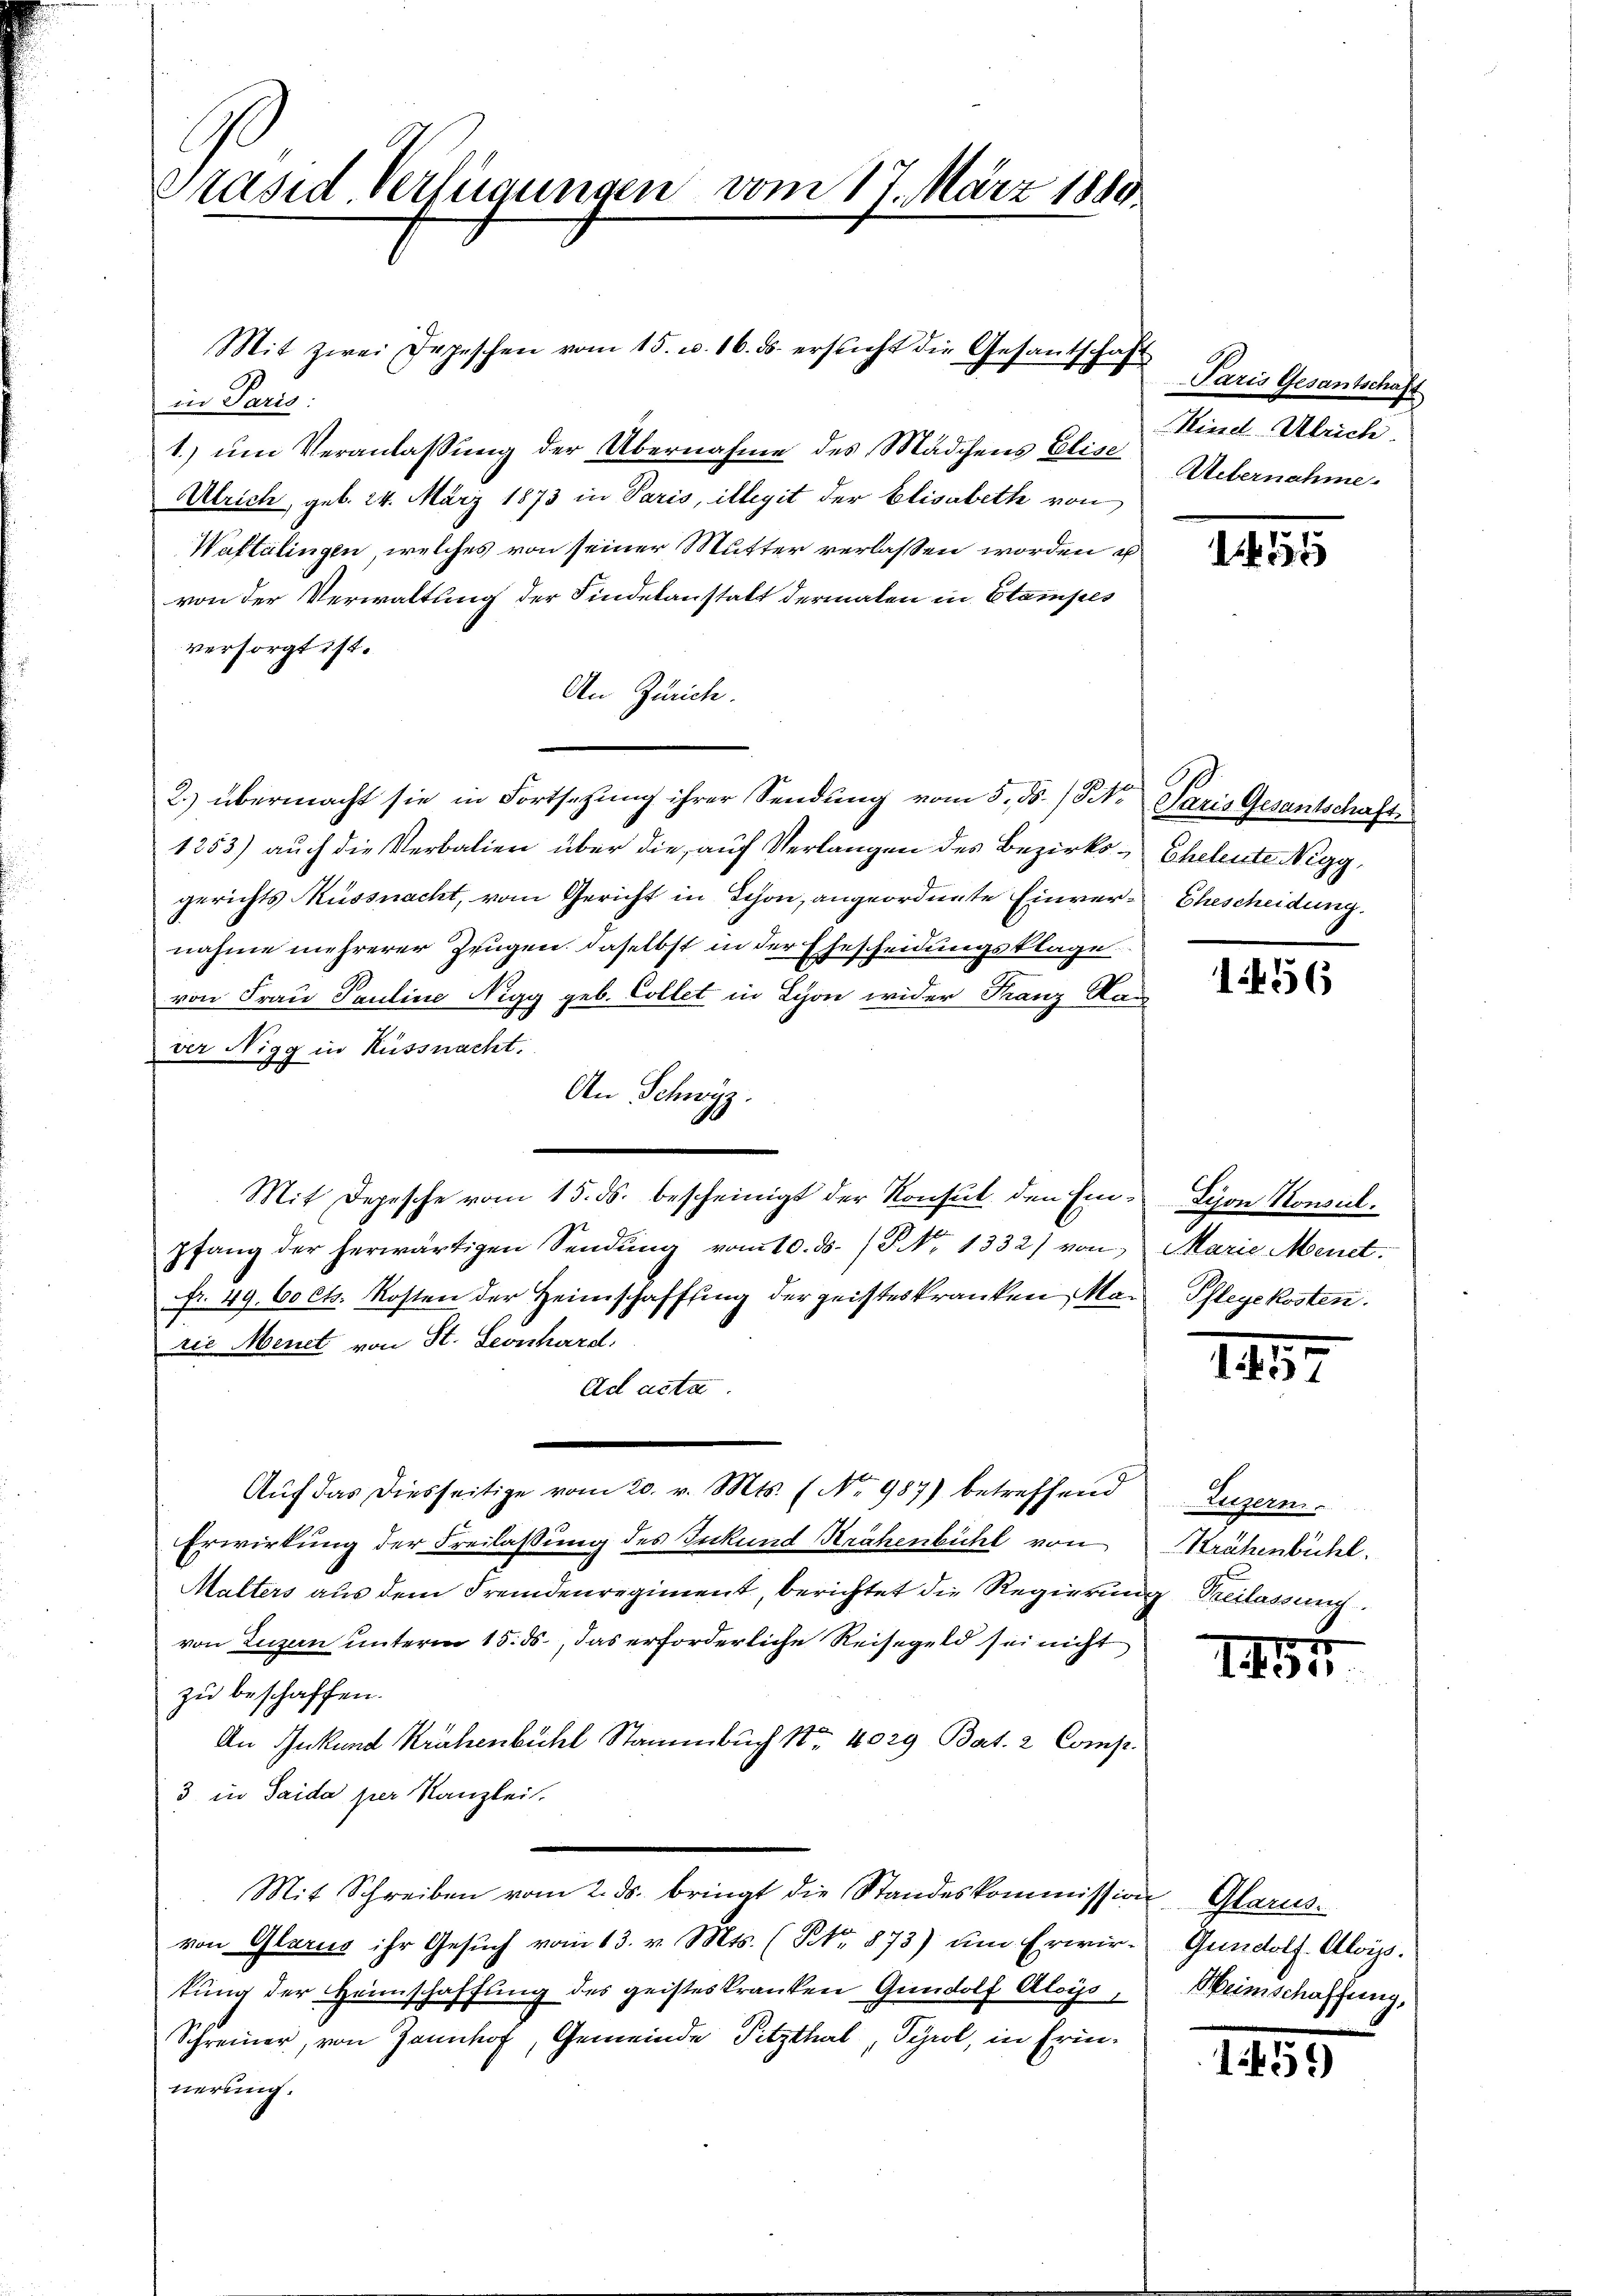
Präsid Verfügungen vom 17. März 1880.

Mit zwei Depeschen vom 15. u. 16. ds. ersticht die Gesantschaft
in Paris:
1.) um Veranlassung der Übernahme des Mädchens Elise
Ulrich, geb. 24. März 1873 in Paris, illegit der Elisabeth von
Waltalingen, welches von seiner Mutter verlassen worden u
von der Verwaltung der Findelanstalt dermalen in Stampes
versorgt ist.
An Zürich.
2.) übermacht sie in Fortsetzung ihrer Sendung vom 5. ds. / St. Paris Gesantschafts
1253) auch die Verbalien über die auf Verlangen des Bezirks- Eheleute Nigg,
gerichts Küssnacht, vom Gericht in Schon, angeordnete Einver- Ehescheidung.
nahme mehrerer Zeugen, daselbst in der Ehescheidungsklage.
von Frau Pauline Nigg geb. Collet in Lyon wider Franz Ra
ver Nigg in Küssnacht.
An Schwyz.
Mit Depesche vom 15. ds. bescheinigt der Konsul den Ein- Schon Ronul.
pfang der herwärtigen Sendŭng vom 10. ds. / NNo. 1332) von Marie Menet.
fr. 49. 60 cts. Kosten der Heimschaffung der geisteskranken Ma-Pflegekosten.
ris Menet von St. Leonhard.
Ad acta.
Aŭf das diesseitige vom 20. v. Mts. (No 987) betreffend
Erwirkung der Freilassung des Zukund Krähenbühl von
Malters aus dem Fremdenregiment, berichtet die Regierung Kreilassung.
von Luzern unterm 15. ds., das erforderliche Reisegeld sei nicht
zu beschaffen.
An Zukund Krähenbühl Stammbuch Nr. 4029 Bat. 2 Comp.
3 in Saida per Kanzlei.
Mit Schreiben vom 2. ds. bringt die Standeskommission Glarus.
von Glarus ihr Gesŭch vom 13. v. Mts. (Art. 873) um Erwirkŭng der Heimschaffung des geisteskranken Gudolf Aloys, Heimschaffung,
Schreiner, von Jannhof, Gemeinde Pitzthal, Tyrol, in Erinnerung.

Paris Gesantschaft
Kind Ulrich.
Uebernahme.

335

1456

145

Luzern
Krähenbühl.

1491

Gundolf. Aloÿs.

1459